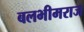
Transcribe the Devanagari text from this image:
बलभीमराज